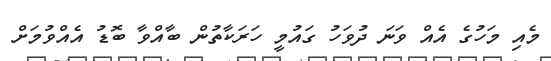
މެއި މަހުގެ އެއް ވަނަ ދުވަހު ގައުމީ ހަރަކާތުން ބާއްވާ ބޮޑު އެއްވުމަށް